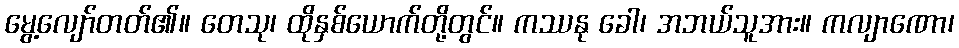
မွေ့လျော်တတ်၏။ တေသု၊ ထိုနှစ်ယောက်တို့တွင်။ ကဿနု ခေါ၊ အဘယ်သူအား။ ကလျာဏော၊